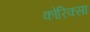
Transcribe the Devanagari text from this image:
कोरिक्सा